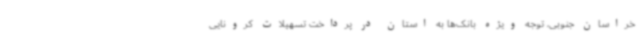
خراسان جنوبی، توجه ویژه بانک‌ها به استان در پرداخت تسهیلات کرونایی